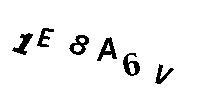
1E8A6V